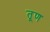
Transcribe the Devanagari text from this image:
तूण